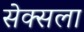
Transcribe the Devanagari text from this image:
सेक्सला